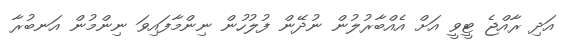
އަދި ރާއްޖެ ޓީވީ އަށް އެއްބާރުލުން ނުދޭން ފުލުހުން ނިންމާފައިވަ ނިންމުން އަނބުރާ